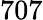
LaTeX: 707